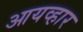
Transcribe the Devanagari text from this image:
आयव्हार